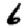
Digit: 6